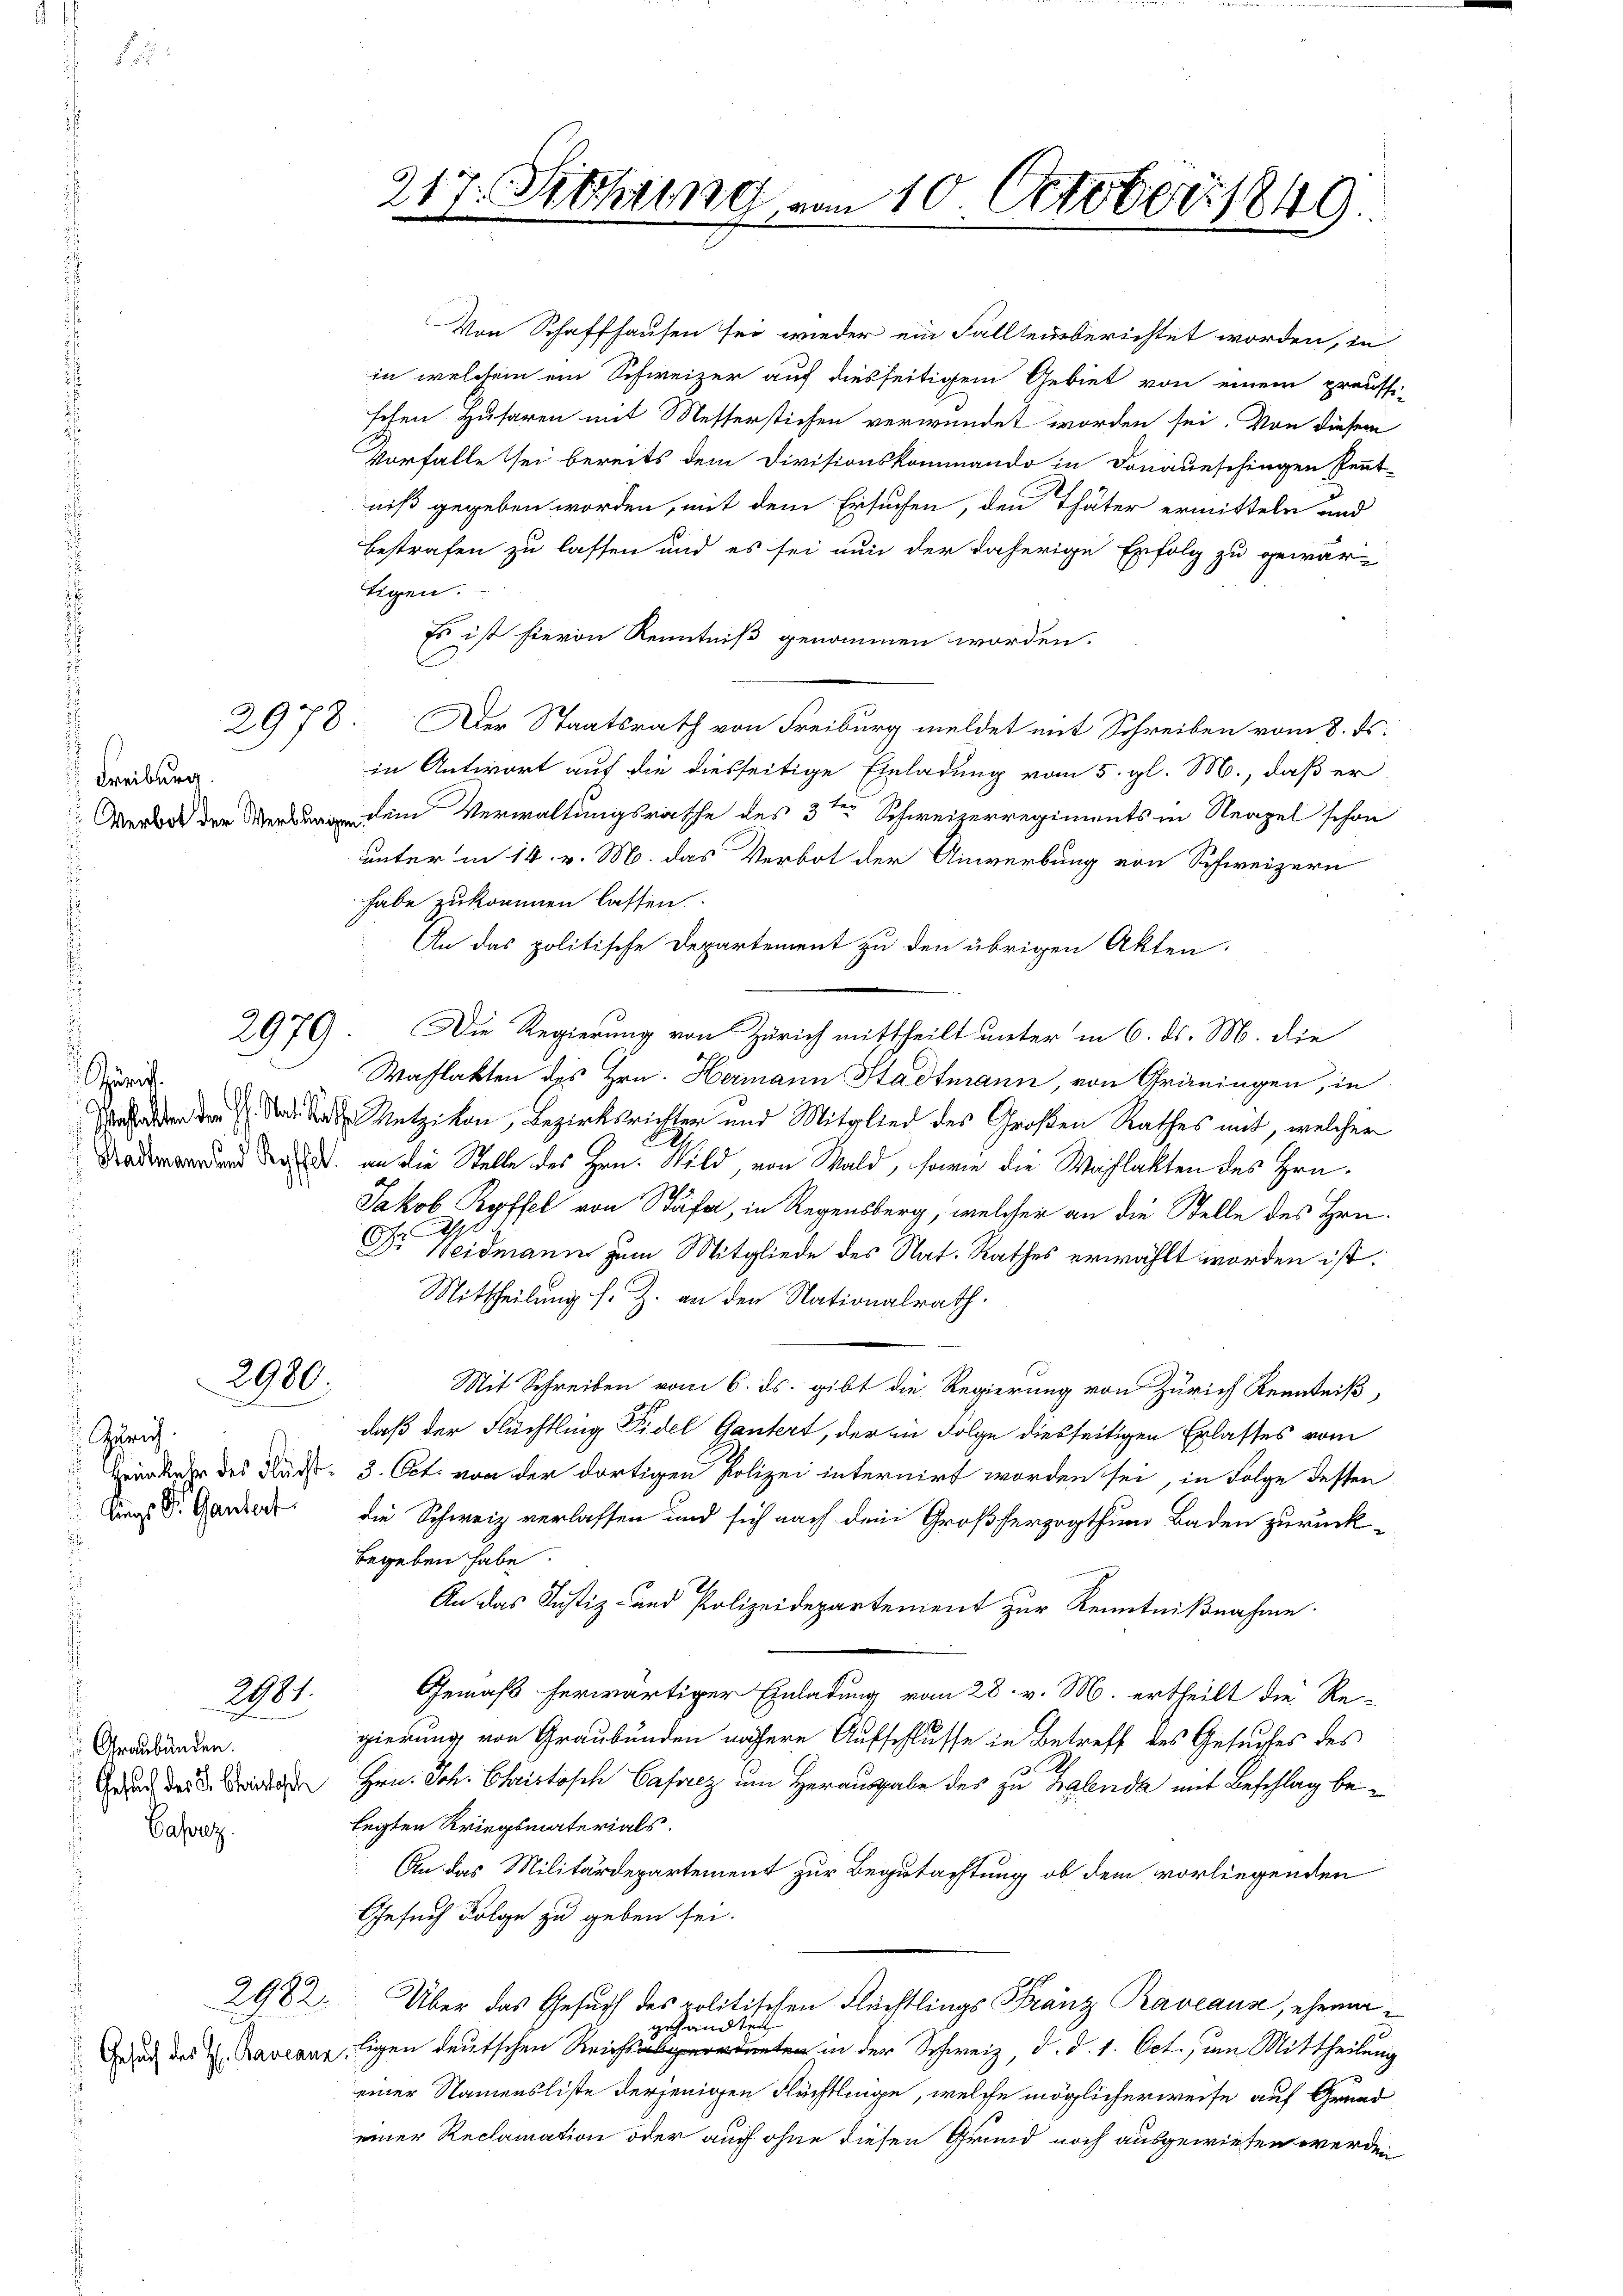
Freiburg

Züri

Gerich.
Sings St. Gantert

Basrez.

2980.

281.

Graubünden.

2982.

Von Schaffhausen sei wieder ein Fallensberichtet worden, in
in welchem ein Schweizer auf diesseitigem Gebiet von einem preussi-
schen Husaren mit Messerstichen verwundet worden sei. Von diesem
Vorfalle sei bereits dem Divisionskommando in Donaueschingen Pennt-
niß gegeben worden, mit dem Ersuchen, den Thäter ermitteln und
bestrafen zu lassen und es sei nun der daherige Erfolg zu gewär
tigen.
Es ist hievon Kenntniß genommen worden.
2978. Der Staatsrath von Freiburg meldet mit Schreiben vom 8. ds.
in Antwort auf die diesseitige Einladung vom 5. gl. M., daß er
 ein Verwaltungsrathe des 3ten Schweizerregiments in Neapel schon
unter in 14. v. M. das Verbot der Anwerbung von Schweizern
habe zukommen lassen.
An das politische Departement zu den übrigen Akten
2979. Die Regierung von Zürich mittheilt unter in 6. ds. M. die
Wahlakten des Hrn. Hermann Stadtmann, von Gräningen, in
 Netzikon, Bezirksrichten und Mitglied des Großen Rathes mit, welcher
end der an die Stelle des Hrn. Wild, von Wald, sowie die Wahlakten des Hrn.
n
Jakob Ryffel von Stäfa, in Regensberg, welcher an die Stelle des Hrn.
.
Dr. Neidmann zum Mitgliede des Nat. Rathes erwählt worden ist.
Mittheilung s. Z. an den Nationalrath.
Mit Schreiben vom 6. ds. gibt die Regierung von Zürich Kenntniß,
daß der Flüchtling Fidel Gantert, der in Folge diesseitigen Erlasses vom
Hereder des Rud. 3. Oct. von der dortigen Polizei internirt worden sei, in Folge dessen
die Schweiz verlassen und sich nach dem Großherzogthum Baden zurück-
begeben habe.
An das Justiz- und Polizeidepartement zur Kenntnißnahme.
Gemäß herwärtiger Einladung vom 28. v. M. ertheilt die Re-
gierung von Graubünden nähere Aufschlusse in Betreff des Gesuches des
 de des Hrn. Joh. Christisch Caforez um Herausgabe des zu habenda mit Beschlag belegten Kriegsmaterials.
An das Militärdepartement zur Begutachtung ob dem vorliegenden
Gesuch Folge zu geben sei.
Über das Gesuch des politischen Flächtlings Franz Raveaus, ehema
gesandten
duch des H. Barranz ligen deutschen Reicht in der Schweiz, d. d. 1. Oct., um Mittheilung
einer Namensliste derjenigen Flächtlinge, welche möglicherweise auf Grund
einer Reclamation oder auch ohne diesen Grund noch ausgewiesen werden

217. Sieht vom 10. October 1849.